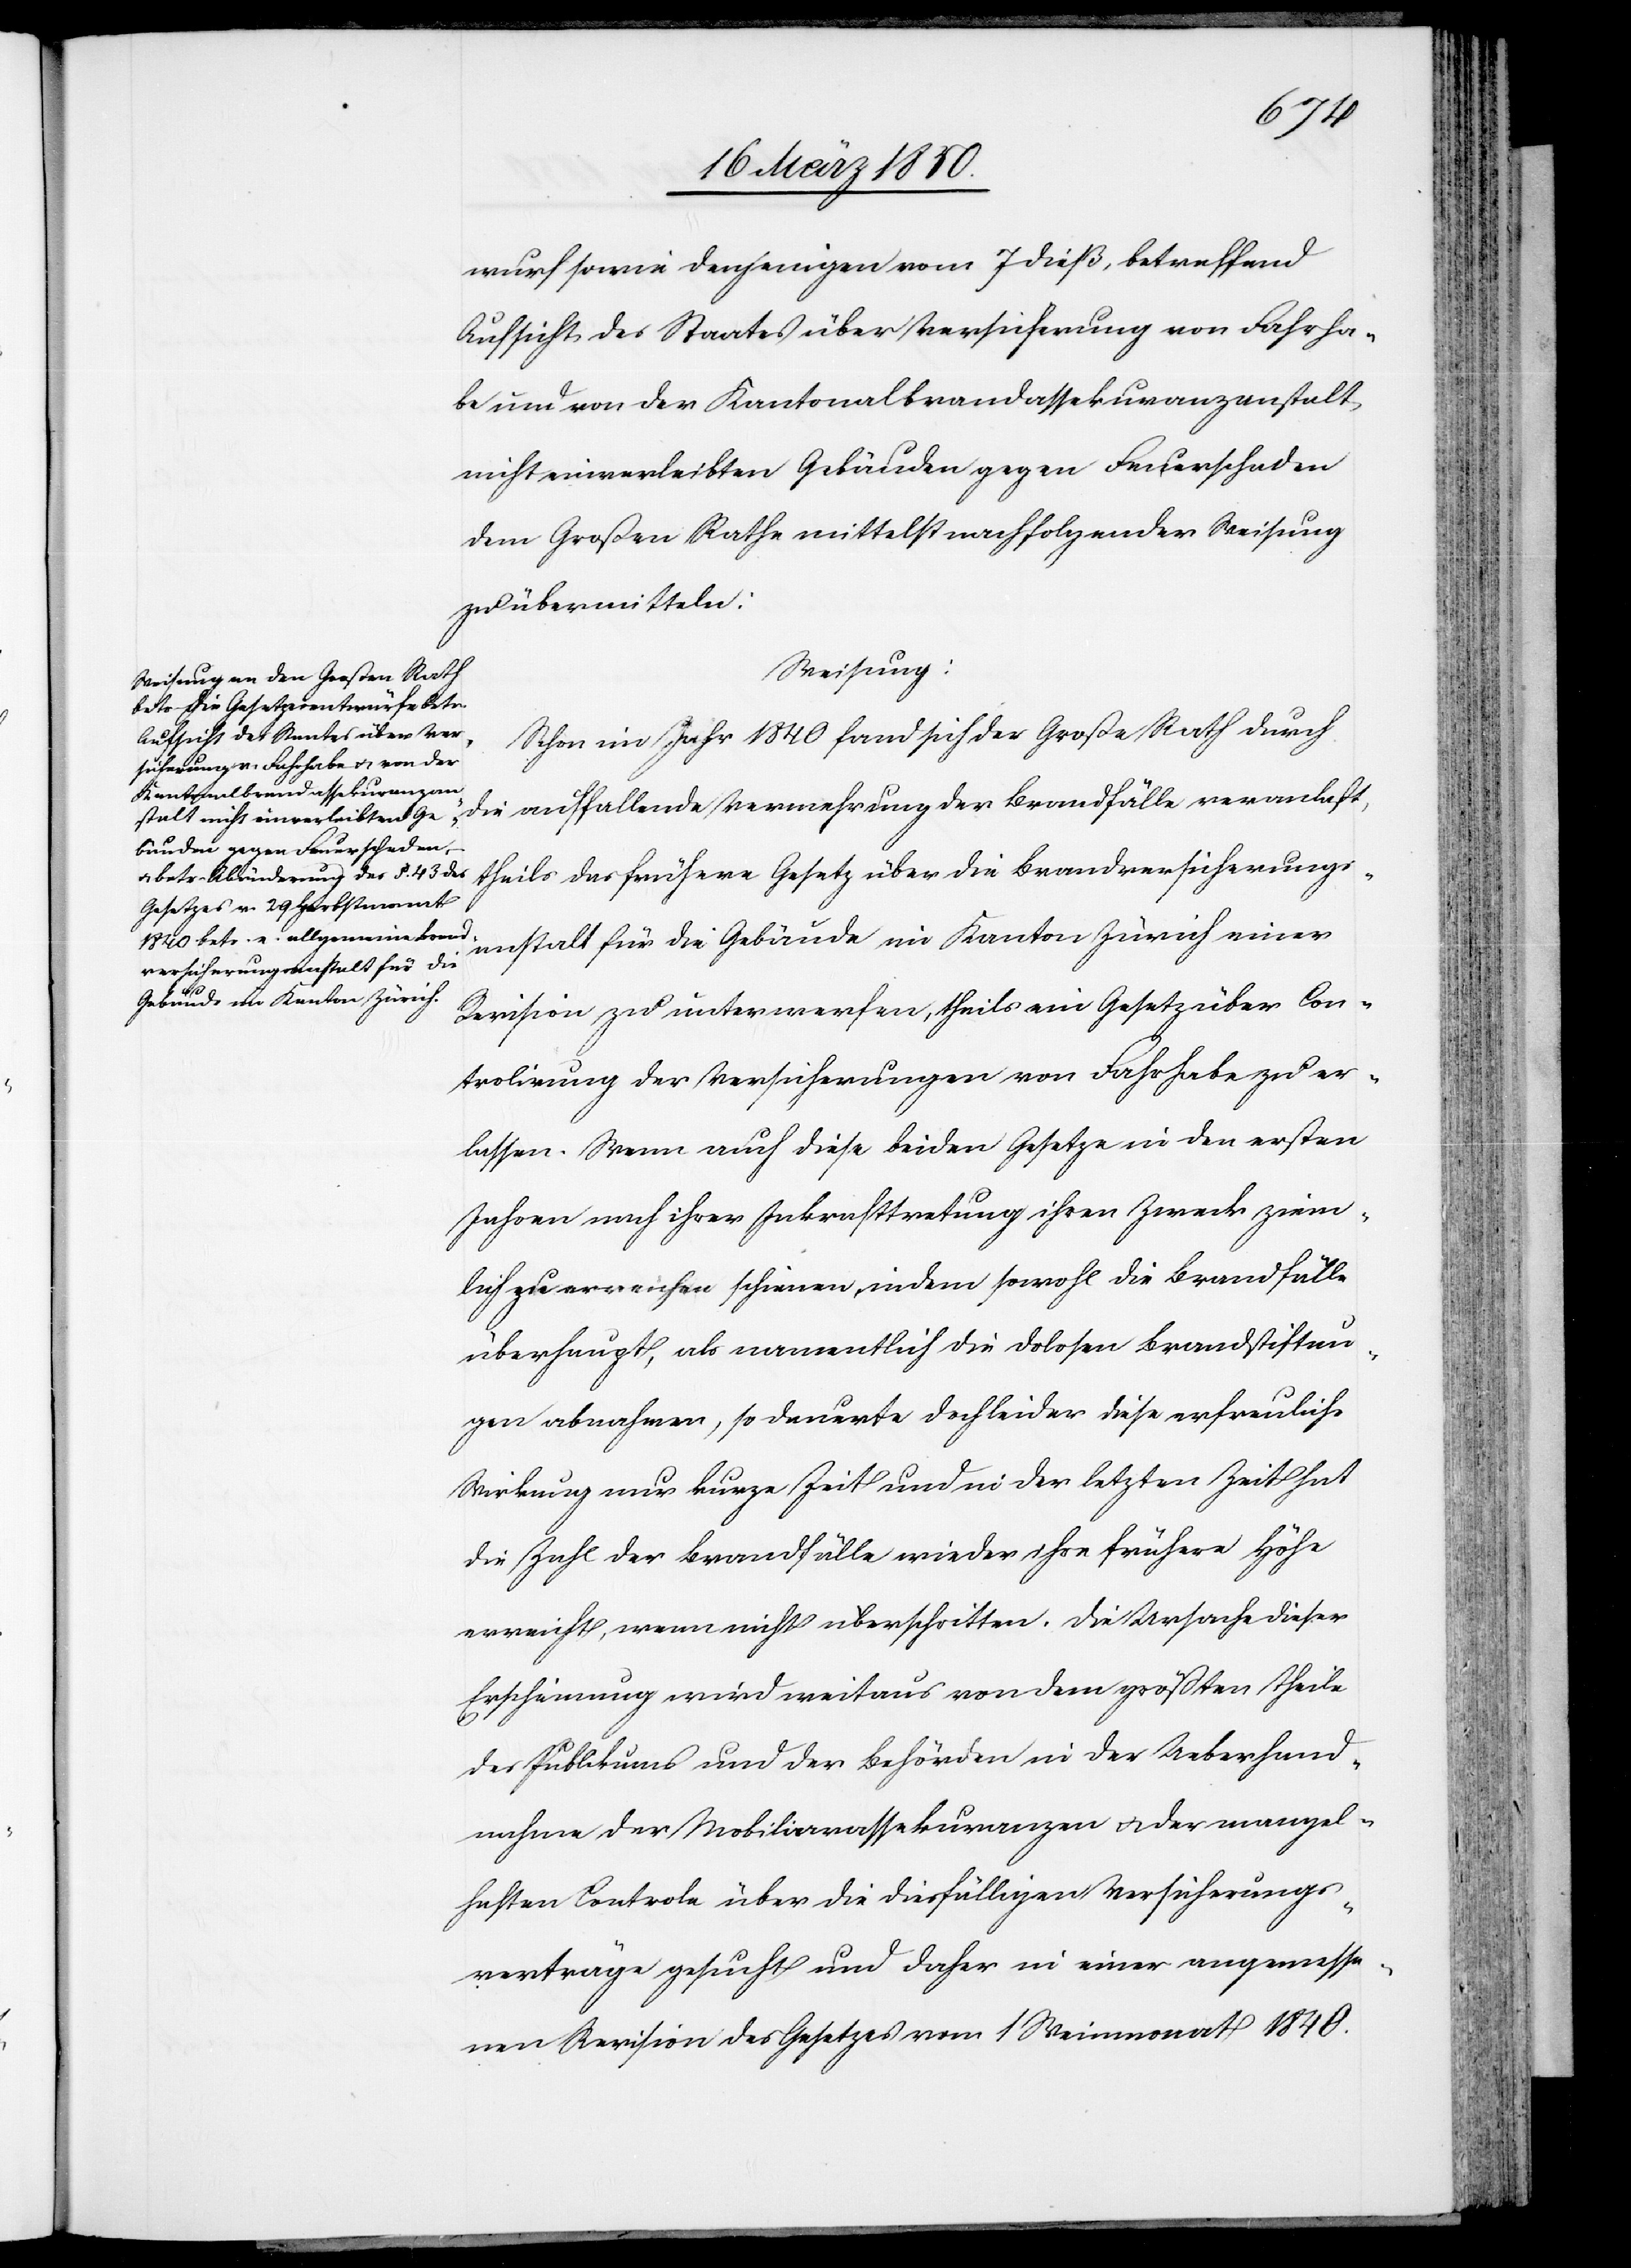
wurf sowie denjenigen vom 7 dieß, betreffend
Aufsicht des Staates über Versicherung von Fahrha¬
be und von der Kantonalbrandassekuranzanstalt
nicht einverleibten Gebäuden gegen Feuerschaden
dem Großen Rathe mittelst nachfolgender Weisung
zu übermitteln:
Weisung:
Schon im Jahr 1840 fand sich der Große Rath durch
theils das frühere Gesetz über die Brandversicherungs¬
anstalt für die Gebäude im Kanton Zürich einer
Revision zu unterwerfen, theils ein Gesetz über Con¬
trolirung der Versicherungen von Fahrhabe zu er¬
lassen. Wenn auch diese beiden Gesetze in den ersten
Jahren nach ihrer Inkrafttretung ihren Zweck ziem¬
lich zu erreichen schienen, indem sowohl die Brandfälle
überhaupt, als namentlich die dolosen Brandstiftun¬
gen abnahmen, so dauerte doch leider diese erfreuliche
Wirkung nur kurze Zeit und in der letzten Zeit hat
die Zahl der Brandfälle wieder ihre frühere Höhe
erreicht, wenn nicht überschritten. Die Ursache dieser
Erscheinung wird weitaus von dem größten Theile
des Publikums und der Behörden in der Ueberhand¬
nahme der Mobiliarassekuranzen u. der mangel¬
haften Controle über die diesfälligen Versicherungs¬
verträge gesucht und daher in einer angemesse¬
nen Revision des Gesetzes vom 1 Weinmonat 1840.